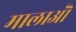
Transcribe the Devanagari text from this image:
मालाऒं